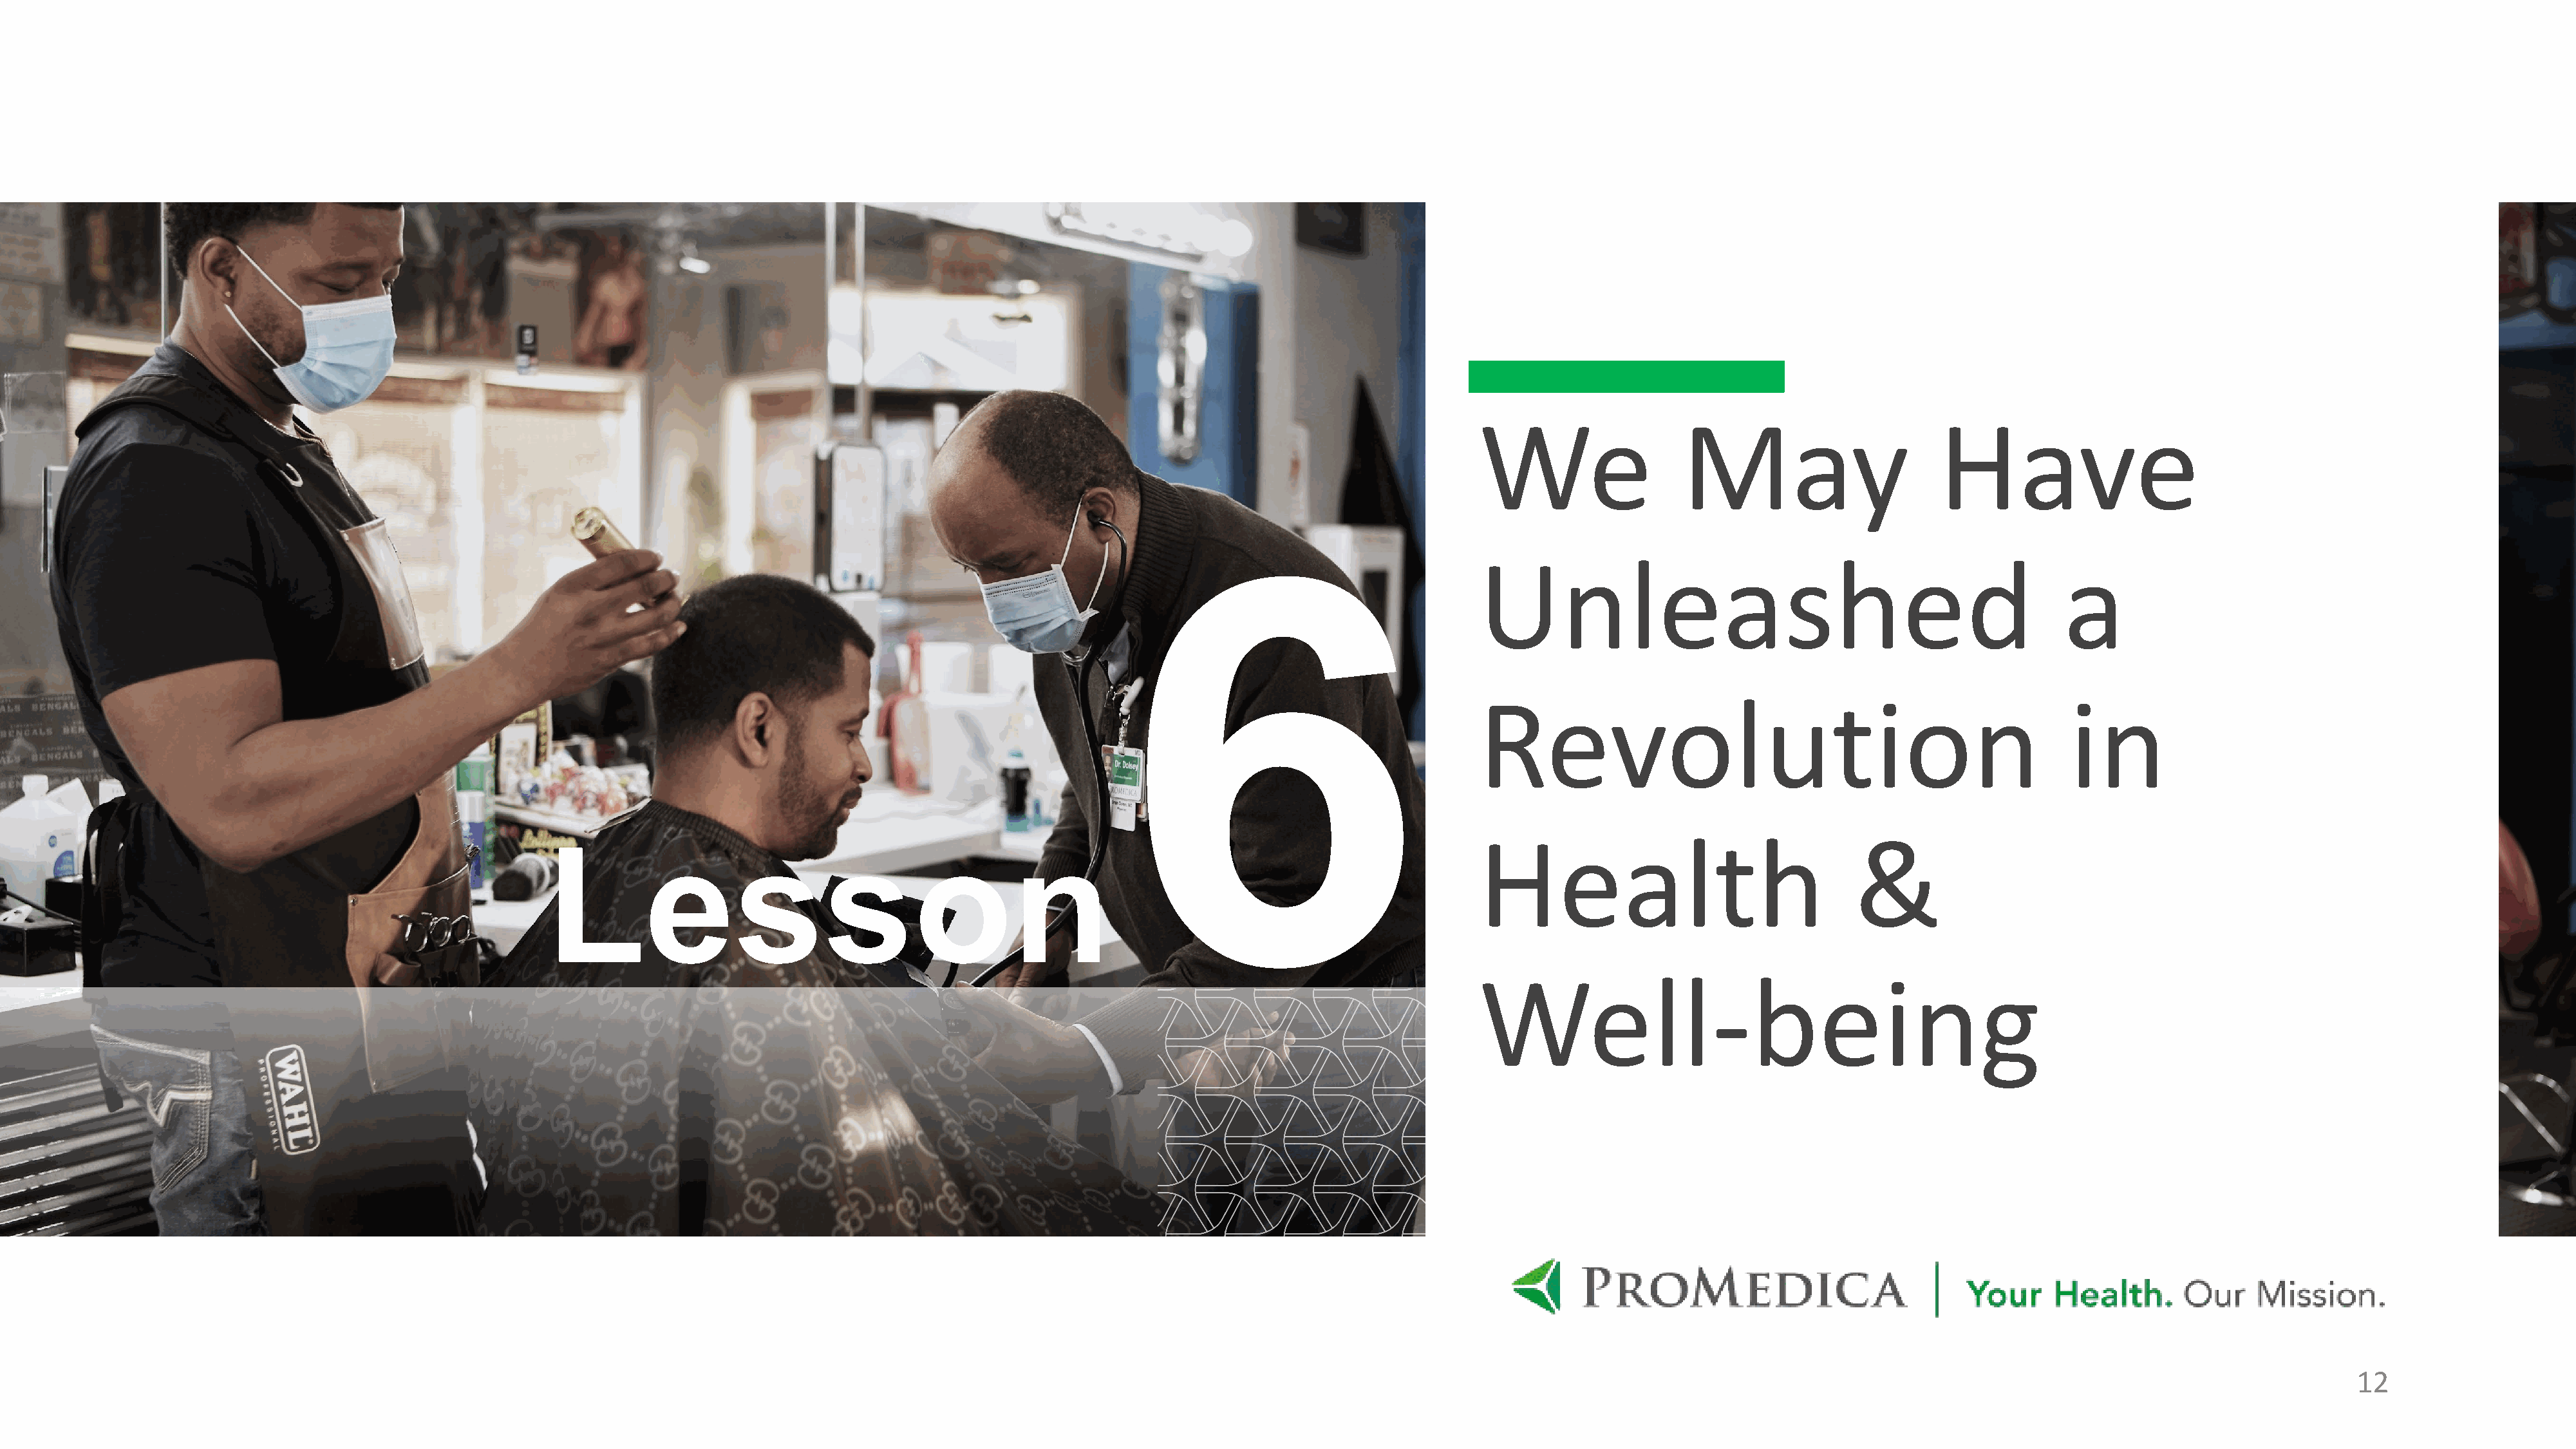
We                   May                       Have
 Unleashed                                                   a
 Revolution                                                   in
 Health                                 &
 Lesson
 Well-being
 12